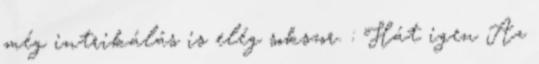
még intrikálás is elég sokszor. : Hát igen Az